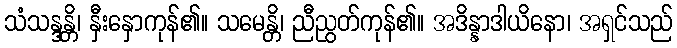
သံသန္ဒန္တိ၊ နှီးနှောကုန်၏။ သမေန္တိ၊ ညီညွတ်ကုန်၏။ အဒိန္နာဒါယိနော၊ အရှင်သည်